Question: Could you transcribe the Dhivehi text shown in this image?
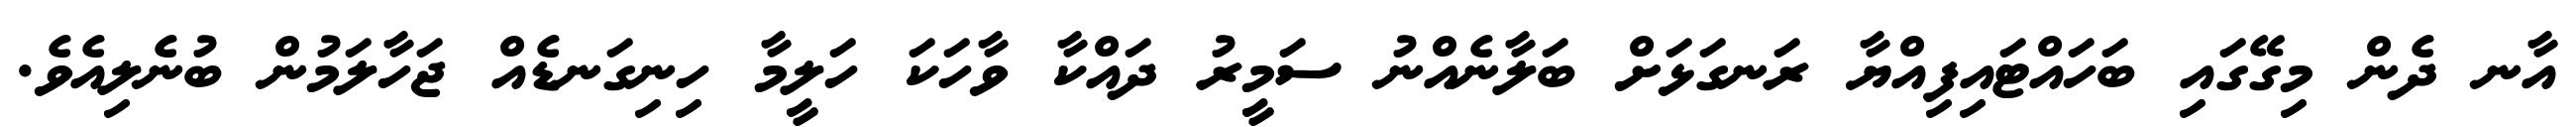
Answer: އާނ ދެން މިގޭގައި ބަހައްޓައިފިއްޔާ ރަނގަޅަށް ބަލާނެއްނު ސަމީރު ދައްކާ ވާހަކަ ހަލީމާ ހިނިގަނޑެއް ޖަހާލަމުން ބުނެލިއެވެ.